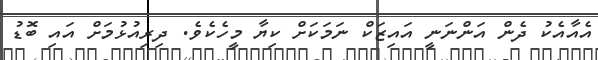
އެއާއެކު ދެން އަންނަނީ އައިޒަކް ނަމަކަށް ކިޔާ މީހެެކެވެ. ދިރިއުޅުމަށް އައި ބޮޑު